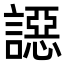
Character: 䜑